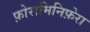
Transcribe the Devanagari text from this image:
फ़ोरामिनिफ़ेरा